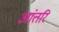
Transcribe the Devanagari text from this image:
आंतरि